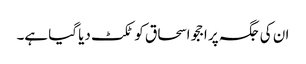
ان کی جگہ پر اججو اسحاق کو ٹکٹ دیا گیا ہے۔